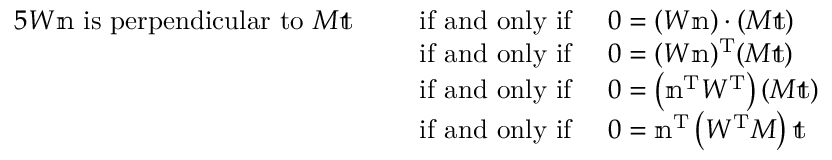
{ \begin{array} { r l } { { 5 } W \mathbb { n } { \mathrm { ~ i s ~ p e r p e n d i c u l a r ~ t o ~ } } M \mathbb { t } \quad \, } & { { \mathrm { ~ i f ~ a n d ~ o n l y ~ i f ~ } } \quad 0 = ( W \mathbb { n } ) \cdot ( M \mathbb { t } ) } \\ & { { \mathrm { ~ i f ~ a n d ~ o n l y ~ i f ~ } } \quad 0 = ( W \mathbb { n } ) ^ { \mathrm { T } } ( M \mathbb { t } ) } \\ & { { \mathrm { ~ i f ~ a n d ~ o n l y ~ i f ~ } } \quad 0 = \left( \mathbb { n } ^ { \mathrm { T } } W ^ { \mathrm { T } } \right) ( M \mathbb { t } ) } \\ & { { \mathrm { ~ i f ~ a n d ~ o n l y ~ i f ~ } } \quad 0 = \mathbb { n } ^ { \mathrm { T } } \left( W ^ { \mathrm { T } } M \right) \mathbb { t } } \end{array} }